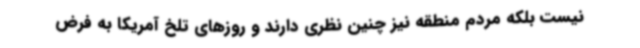
نیست بلکه مردم منطقه نیز چنین نظری دارند و روزهای تلخ آمریکا به فرض